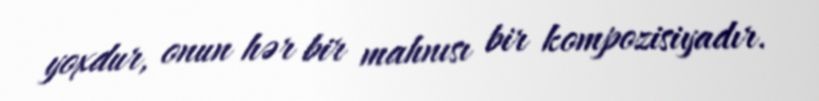
yoxdur, onun hər bir mahnısı bir kompozisiyadır.